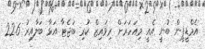
އެމްޑީޕީން ބުނީ އެއީ މިއަހަރަށް ރިވައިޒް ކުރި ބަޖެޓާ އަޅާ ބަލާއިރު 22.6